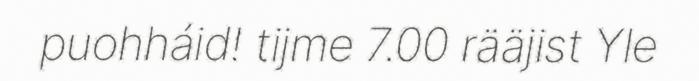
puohháid! tijme 7.00 rääjist Yle